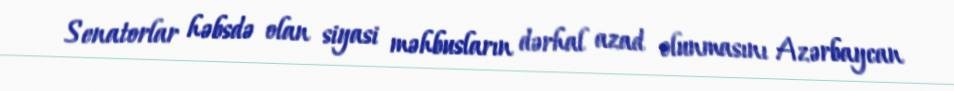
Senatorlar həbsdə olan siyasi məhbusların dərhal azad olunmasını Azərbaycan